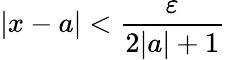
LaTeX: |x-a|<{\frac{\varepsilon}{2|a|+1}}